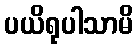
ပယိရုပါသာမိ